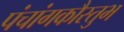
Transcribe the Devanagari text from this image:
पंचांगकौस्तुभ